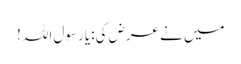
میں نے عرض کی:یا رسول اللہ !